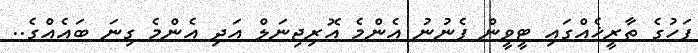
ފަހުގެ ތާރީޚެއްގައި ޓީވީން ފެނުނު އެންމެ އޮރިޖިނަލް އަދި އެންމެ ގިނަ ބައެއްގެ..